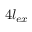
4 l _ { e x }